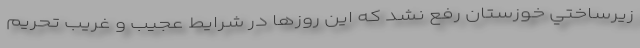
زيرساختي خوزستان رفع نشد كه اين روزها در شرايط عجيب و غريب تحريم